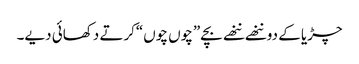
چڑیا کے دو ننھے ننھے بچے”چوں چوں“کرتے دکھائی دیے۔